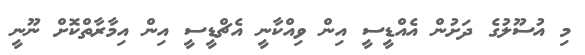
މި އުސޫލުގެ ދަށުން އެއްޑީސީ އިން ވިއްކާނީ އެޗްޑީސީ އިން އިމާރާތްކޮށް ނޫނީ